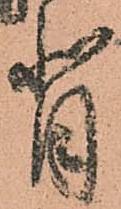
背